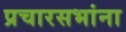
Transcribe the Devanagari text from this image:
प्रचारसभांना